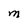
Character: M